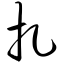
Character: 扎